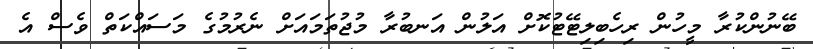
ބޭނުންކުރާ މީހުން ރިހެބިލިޓޭޓުކޮށް އަލުން އަނބުރާ މުޖުތަމައަށް ނެރުމުގެ މަސައްކަތް ވެސް އެ